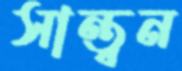
সান্ত্বন